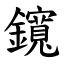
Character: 鑧